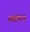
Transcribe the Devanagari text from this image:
आग्रेयान्